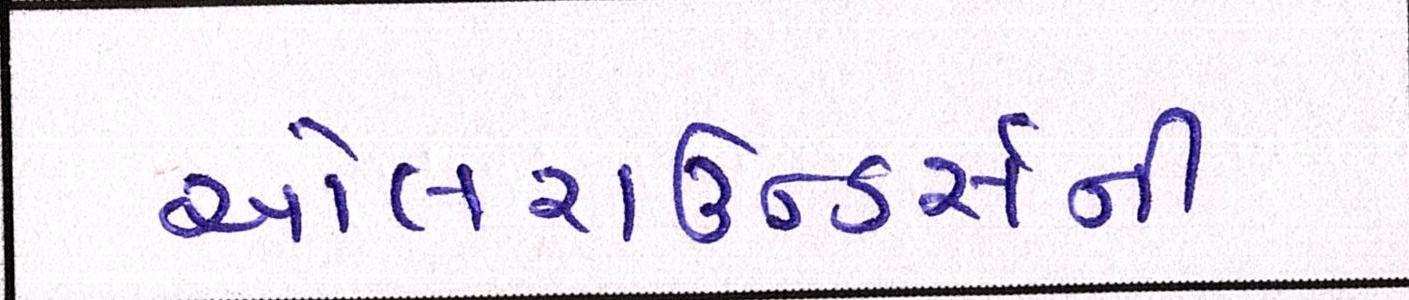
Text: ઓલરાઉન્ડર્સની